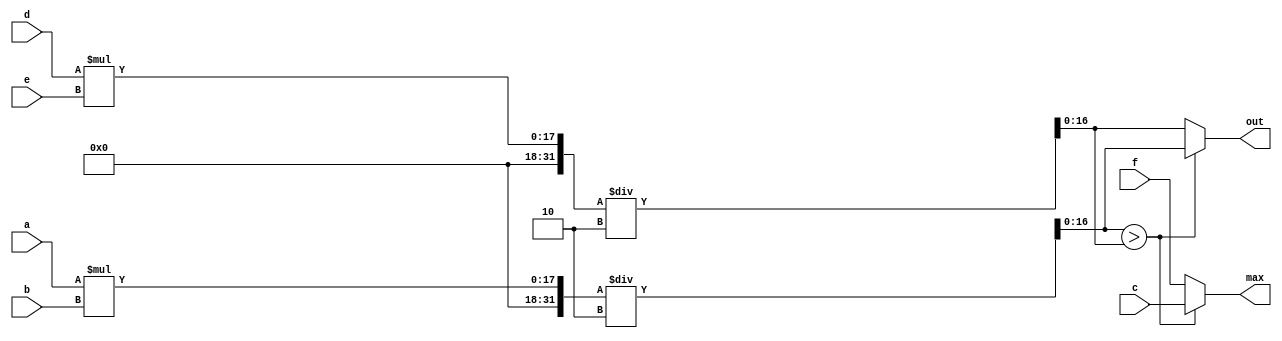
module lab03b_beh(a, b, c, d, e, f, out, max);
	input [8:0] a, b, c, d, e, f;
	output[16:0] out; 
	output[8:0] max;
	wire[16:0] out1, out2;
	assign out1 = (a * b)/2;
	assign out2 = (d * e)/2;
	
	assign out = (out1 > out2) ? out1 : out2;
	assign max = (out1 > out2) ? c : f;
endmodule